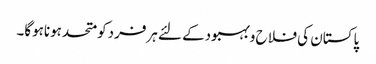
پاکستان کی فلا ح وبہبودکے لئے ہرفردکومتحدہوناہوگا۔